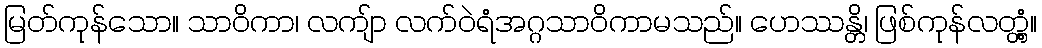
မြတ်ကုန်သော။ သာဝိကာ၊ လကျ်ာ လက်ဝဲရံအဂ္ဂသာဝိကာမသည်။ ဟေဿန္တိ၊ ဖြစ်ကုန်လတ္တံ့။